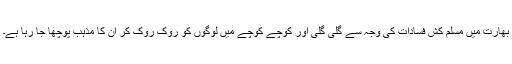
بھارت میں مسلم کش فسادات کی وجہ سے گلی گلی اور کوچے کوچے میں لوگوں کو روک روک کر ان کا مذہب پوچھا جا رہا ہے۔